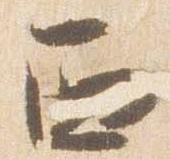
西